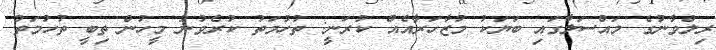
ރިލްވާނުގެ މައްސަލާގައި ބަޔަކު މުޒާހަރާއެއް ކުރަނީ: ތުހުމަތު ކުރެވުނު މީހުން ތިބީ ތުހުމަތު